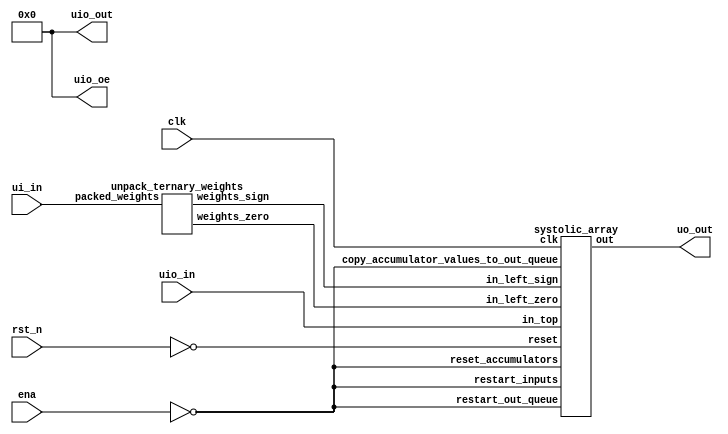
/*
 * Copyright (c) 2024 ReJ aka Renaldas Zioma
 * SPDX-License-Identifier: Apache-2.0
 */

// TODOs:
//  * special weights 243..255 can be used to   a) initiate readout,
//                                              b) shift accumulators by 1,
//                                              c) set beta&gamma,
//                                              d) choose signed/unsigned inputs,
//                                              e) handle overflow or ReLU
//  * test overlap between computations and readouts
//  * separate signal to shift accumulators by 1
//  * multiply by gamma and add beta
//  * handle both signed & unsigned inputs
//  * handle overflows
//  * ReLU
//  * parametrizalbe systolic_array
//  * 4-bit input support

`define default_netname none

module tt_um_rejunity_1_58bit (
    input  wire [7:0] ui_in,    // Dedicated inputs
    output wire [7:0] uo_out,   // Dedicated outputs
    input  wire [7:0] uio_in,   // IOs: Input path
    output wire [7:0] uio_out,  // IOs: Output path
    output wire [7:0] uio_oe,   // IOs: Enable path (active high: 0=input, 1=output)
    input  wire       ena,      // will go high when the design is enabled
    input  wire       clk,      // clock
    input  wire       rst_n     // reset_n - low to reset
);
    assign uio_oe  = 0;         // bidirectional IOs set to INPUT
    assign uio_out = 0;         // drive bidirectional IO outputs to 0

    wire reset = ! rst_n;

    // decode ternary weights - 4 ternary weights per byte
    // wire [3:0] weights_zero = ~ { |ui_in[1:0], |ui_in[3:2],  |ui_in[5:4], |ui_in[7:6] };
    // wire [3:0] weights_sign =   {  ui_in[1  ],  ui_in[3  ],   ui_in[5  ],  ui_in[7  ] };
    // -----------------------------------------------------
    // wire [3:0] weights_zero = ~ { |ui_in[7:6], |ui_in[5:4],  |ui_in[3:2], |ui_in[1:0] };
    // wire [3:0] weights_sign =   {  ui_in[7  ],  ui_in[5  ],   ui_in[3  ],  ui_in[1  ] };

    // unpack ternary weights - 5 ternary weights per byte
    wire [4:0] weights_zero;
    wire [4:0] weights_sign;
    unpack_ternary_weights unpack_ternary_weights(
        .packed_weights(ui_in),
        .weights_zero(weights_zero),
        .weights_sign(weights_sign)
    );

    // @TODO: special weight to initiate readout
    wire       initiate_read_out = !ena;
    
    systolic_array systolic_array(
        .clk(clk),
        .reset(reset),

        .in_left_zero(weights_zero),
        .in_left_sign(weights_sign),
        .in_top(uio_in),

        .restart_inputs(initiate_read_out),
        .reset_accumulators(initiate_read_out),
        .copy_accumulator_values_to_out_queue(initiate_read_out),
        .restart_out_queue(initiate_read_out),
        
        .out(uo_out)
    );

endmodule

module systolic_array (
    input  wire       clk,
    input  wire       reset,

    input  wire [4:0] in_left_zero,
    input  wire [4:0] in_left_sign,
    input  wire [7:0] in_top,
    input  wire       restart_inputs,
    input  wire       reset_accumulators,
    input  wire       copy_accumulator_values_to_out_queue,
    input  wire       restart_out_queue,
    //input wire      apply_shift_to_accumulators,
    //input wire      apply_relu_to_out,

    output wire [7:0] out
);
    localparam SLICES = 3;
    localparam SLICE_BITS = $clog2(SLICES);
    localparam SLICES_MINUS_1 = SLICES - 1;
    localparam W = 1 * SLICES;
    localparam H = 5 * SLICES;
    localparam ARRAY_SIZE_BITS = $clog2(W*H);

    reg [H  -1:0] arg_left_zero_curr;
    reg [H  -1:0] arg_left_sign_curr;
    reg [W*8-1:0] arg_top_curr;

    reg [H  -1:0] arg_left_zero_next;
    reg [H  -1:0] arg_left_sign_next;
    reg [W*8-1:0] arg_top_next;

    reg  [SLICE_BITS-1:0] slice_counter;
    reg  signed [16:0] accumulators      [W*H-1:0];
    wire signed [16:0] accumulators_next [W*H-1:0];
    reg  signed [16:0] out_queue         [W*H-1:0];
    reg  [ARRAY_SIZE_BITS-1:0] out_queue_counter;

    integer n;
    always @(posedge clk) begin
        if (reset | restart_inputs | slice_counter == SLICES_MINUS_1)
            slice_counter <= 0;
        else
            slice_counter <= slice_counter + 1;

        if (reset | restart_out_queue)
            out_queue_counter <= 0;
        else
            out_queue_counter <= out_queue_counter + 1;

        if (reset) begin
            arg_left_zero_next <= 0;
            arg_left_sign_next <= 0;
            arg_top_next <= 0;
        end else begin
            arg_left_zero_next[slice_counter*5 +: 5] <= in_left_zero;
            arg_left_sign_next[slice_counter*5 +: 5] <= in_left_sign;
            arg_top_next[slice_counter*8 +: 8] <= in_top;
        end

        if (slice_counter == 0) begin
            arg_left_zero_curr <= arg_left_zero_next;
            arg_left_sign_curr <= arg_left_sign_next;
            arg_top_curr <= arg_top_next;
        end
        
        // The following loop must be unrolled, otherwise Verilator
        // will treat <= assignments inside the loop as errors
        // See similar bug report and workaround here:
        //   https://github.com/verilator/verilator/issues/2782
        // Ideally unroll_full Verilator metacommand should be used,
        // however it is supported only from Verilator 5.022 (#3260) [Jiaxun Yang]
        // Instead BLKLOOPINIT errors are suppressed for this loop
        /* verilator lint_off BLKLOOPINIT */
        for (n = 0; n < W*H; n = n + 1) begin
            if (reset | reset_accumulators)
                accumulators[n] <= 0;
            else
                accumulators[n] <= accumulators_next[n];

            if (copy_accumulator_values_to_out_queue)
                out_queue[n]    <= accumulators_next[n];
        end
        /* verilator lint_on BLKLOOPINIT */
    end

    genvar i, j;
    generate
    for (j = 0; j < W; j = j + 1)
        for (i = 0; i < H; i = i + 1) begin : mac
            wire [16:0] value_curr  = accumulators     [i*W+j];
            wire [16:0] value_next  = accumulators_next[i*W+j];
            wire [16:0] value_queue = out_queue        [i*W+j];
            wire skip = (j != slice_counter) | arg_left_zero_curr[i];
            wire sign = arg_left_sign_curr[i];
            wire signed [7:0] addend = $signed(arg_top_curr[j*8 +: 8]);
            assign accumulators_next[i*W+j] =
                 reset  ? 0 :
                 skip   ? accumulators[i*W+j] + 0 :
                (sign   ? accumulators[i*W+j] - addend :
                          accumulators[i*W+j] + addend);
        end
    endgenerate

    assign out = out_queue[out_queue_counter] >> 8;
    // assign out = out_queue[out_queue_counter][7:0];
endmodule

module unpack_ternary_weights(input      [7:0] packed_weights,
                              output reg [4:0] weights_zero,
                              output reg [4:0] weights_sign);
    always @(*) begin
        case(packed_weights)
        8'd000: begin weights_zero = 5'b11111; weights_sign = 5'b00000; end //   0  0  0  0  0
        8'd001: begin weights_zero = 5'b01111; weights_sign = 5'b00000; end //   0  0  0  0  1
        8'd002: begin weights_zero = 5'b01111; weights_sign = 5'b10000; end //   0  0  0  0 -1
        8'd003: begin weights_zero = 5'b10111; weights_sign = 5'b00000; end //   0  0  0  1  0
        8'd004: begin weights_zero = 5'b00111; weights_sign = 5'b00000; end //   0  0  0  1  1
        8'd005: begin weights_zero = 5'b00111; weights_sign = 5'b10000; end //   0  0  0  1 -1
        8'd006: begin weights_zero = 5'b10111; weights_sign = 5'b01000; end //   0  0  0 -1  0
        8'd007: begin weights_zero = 5'b00111; weights_sign = 5'b01000; end //   0  0  0 -1  1
        8'd008: begin weights_zero = 5'b00111; weights_sign = 5'b11000; end //   0  0  0 -1 -1
        8'd009: begin weights_zero = 5'b11011; weights_sign = 5'b00000; end //   0  0  1  0  0
        8'd010: begin weights_zero = 5'b01011; weights_sign = 5'b00000; end //   0  0  1  0  1
        8'd011: begin weights_zero = 5'b01011; weights_sign = 5'b10000; end //   0  0  1  0 -1
        8'd012: begin weights_zero = 5'b10011; weights_sign = 5'b00000; end //   0  0  1  1  0
        8'd013: begin weights_zero = 5'b00011; weights_sign = 5'b00000; end //   0  0  1  1  1
        8'd014: begin weights_zero = 5'b00011; weights_sign = 5'b10000; end //   0  0  1  1 -1
        8'd015: begin weights_zero = 5'b10011; weights_sign = 5'b01000; end //   0  0  1 -1  0
        8'd016: begin weights_zero = 5'b00011; weights_sign = 5'b01000; end //   0  0  1 -1  1
        8'd017: begin weights_zero = 5'b00011; weights_sign = 5'b11000; end //   0  0  1 -1 -1
        8'd018: begin weights_zero = 5'b11011; weights_sign = 5'b00100; end //   0  0 -1  0  0
        8'd019: begin weights_zero = 5'b01011; weights_sign = 5'b00100; end //   0  0 -1  0  1
        8'd020: begin weights_zero = 5'b01011; weights_sign = 5'b10100; end //   0  0 -1  0 -1
        8'd021: begin weights_zero = 5'b10011; weights_sign = 5'b00100; end //   0  0 -1  1  0
        8'd022: begin weights_zero = 5'b00011; weights_sign = 5'b00100; end //   0  0 -1  1  1
        8'd023: begin weights_zero = 5'b00011; weights_sign = 5'b10100; end //   0  0 -1  1 -1
        8'd024: begin weights_zero = 5'b10011; weights_sign = 5'b01100; end //   0  0 -1 -1  0
        8'd025: begin weights_zero = 5'b00011; weights_sign = 5'b01100; end //   0  0 -1 -1  1
        8'd026: begin weights_zero = 5'b00011; weights_sign = 5'b11100; end //   0  0 -1 -1 -1
        8'd027: begin weights_zero = 5'b11101; weights_sign = 5'b00000; end //   0  1  0  0  0
        8'd028: begin weights_zero = 5'b01101; weights_sign = 5'b00000; end //   0  1  0  0  1
        8'd029: begin weights_zero = 5'b01101; weights_sign = 5'b10000; end //   0  1  0  0 -1
        8'd030: begin weights_zero = 5'b10101; weights_sign = 5'b00000; end //   0  1  0  1  0
        8'd031: begin weights_zero = 5'b00101; weights_sign = 5'b00000; end //   0  1  0  1  1
        8'd032: begin weights_zero = 5'b00101; weights_sign = 5'b10000; end //   0  1  0  1 -1
        8'd033: begin weights_zero = 5'b10101; weights_sign = 5'b01000; end //   0  1  0 -1  0
        8'd034: begin weights_zero = 5'b00101; weights_sign = 5'b01000; end //   0  1  0 -1  1
        8'd035: begin weights_zero = 5'b00101; weights_sign = 5'b11000; end //   0  1  0 -1 -1
        8'd036: begin weights_zero = 5'b11001; weights_sign = 5'b00000; end //   0  1  1  0  0
        8'd037: begin weights_zero = 5'b01001; weights_sign = 5'b00000; end //   0  1  1  0  1
        8'd038: begin weights_zero = 5'b01001; weights_sign = 5'b10000; end //   0  1  1  0 -1
        8'd039: begin weights_zero = 5'b10001; weights_sign = 5'b00000; end //   0  1  1  1  0
        8'd040: begin weights_zero = 5'b00001; weights_sign = 5'b00000; end //   0  1  1  1  1
        8'd041: begin weights_zero = 5'b00001; weights_sign = 5'b10000; end //   0  1  1  1 -1
        8'd042: begin weights_zero = 5'b10001; weights_sign = 5'b01000; end //   0  1  1 -1  0
        8'd043: begin weights_zero = 5'b00001; weights_sign = 5'b01000; end //   0  1  1 -1  1
        8'd044: begin weights_zero = 5'b00001; weights_sign = 5'b11000; end //   0  1  1 -1 -1
        8'd045: begin weights_zero = 5'b11001; weights_sign = 5'b00100; end //   0  1 -1  0  0
        8'd046: begin weights_zero = 5'b01001; weights_sign = 5'b00100; end //   0  1 -1  0  1
        8'd047: begin weights_zero = 5'b01001; weights_sign = 5'b10100; end //   0  1 -1  0 -1
        8'd048: begin weights_zero = 5'b10001; weights_sign = 5'b00100; end //   0  1 -1  1  0
        8'd049: begin weights_zero = 5'b00001; weights_sign = 5'b00100; end //   0  1 -1  1  1
        8'd050: begin weights_zero = 5'b00001; weights_sign = 5'b10100; end //   0  1 -1  1 -1
        8'd051: begin weights_zero = 5'b10001; weights_sign = 5'b01100; end //   0  1 -1 -1  0
        8'd052: begin weights_zero = 5'b00001; weights_sign = 5'b01100; end //   0  1 -1 -1  1
        8'd053: begin weights_zero = 5'b00001; weights_sign = 5'b11100; end //   0  1 -1 -1 -1
        8'd054: begin weights_zero = 5'b11101; weights_sign = 5'b00010; end //   0 -1  0  0  0
        8'd055: begin weights_zero = 5'b01101; weights_sign = 5'b00010; end //   0 -1  0  0  1
        8'd056: begin weights_zero = 5'b01101; weights_sign = 5'b10010; end //   0 -1  0  0 -1
        8'd057: begin weights_zero = 5'b10101; weights_sign = 5'b00010; end //   0 -1  0  1  0
        8'd058: begin weights_zero = 5'b00101; weights_sign = 5'b00010; end //   0 -1  0  1  1
        8'd059: begin weights_zero = 5'b00101; weights_sign = 5'b10010; end //   0 -1  0  1 -1
        8'd060: begin weights_zero = 5'b10101; weights_sign = 5'b01010; end //   0 -1  0 -1  0
        8'd061: begin weights_zero = 5'b00101; weights_sign = 5'b01010; end //   0 -1  0 -1  1
        8'd062: begin weights_zero = 5'b00101; weights_sign = 5'b11010; end //   0 -1  0 -1 -1
        8'd063: begin weights_zero = 5'b11001; weights_sign = 5'b00010; end //   0 -1  1  0  0
        8'd064: begin weights_zero = 5'b01001; weights_sign = 5'b00010; end //   0 -1  1  0  1
        8'd065: begin weights_zero = 5'b01001; weights_sign = 5'b10010; end //   0 -1  1  0 -1
        8'd066: begin weights_zero = 5'b10001; weights_sign = 5'b00010; end //   0 -1  1  1  0
        8'd067: begin weights_zero = 5'b00001; weights_sign = 5'b00010; end //   0 -1  1  1  1
        8'd068: begin weights_zero = 5'b00001; weights_sign = 5'b10010; end //   0 -1  1  1 -1
        8'd069: begin weights_zero = 5'b10001; weights_sign = 5'b01010; end //   0 -1  1 -1  0
        8'd070: begin weights_zero = 5'b00001; weights_sign = 5'b01010; end //   0 -1  1 -1  1
        8'd071: begin weights_zero = 5'b00001; weights_sign = 5'b11010; end //   0 -1  1 -1 -1
        8'd072: begin weights_zero = 5'b11001; weights_sign = 5'b00110; end //   0 -1 -1  0  0
        8'd073: begin weights_zero = 5'b01001; weights_sign = 5'b00110; end //   0 -1 -1  0  1
        8'd074: begin weights_zero = 5'b01001; weights_sign = 5'b10110; end //   0 -1 -1  0 -1
        8'd075: begin weights_zero = 5'b10001; weights_sign = 5'b00110; end //   0 -1 -1  1  0
        8'd076: begin weights_zero = 5'b00001; weights_sign = 5'b00110; end //   0 -1 -1  1  1
        8'd077: begin weights_zero = 5'b00001; weights_sign = 5'b10110; end //   0 -1 -1  1 -1
        8'd078: begin weights_zero = 5'b10001; weights_sign = 5'b01110; end //   0 -1 -1 -1  0
        8'd079: begin weights_zero = 5'b00001; weights_sign = 5'b01110; end //   0 -1 -1 -1  1
        8'd080: begin weights_zero = 5'b00001; weights_sign = 5'b11110; end //   0 -1 -1 -1 -1
        8'd081: begin weights_zero = 5'b11110; weights_sign = 5'b00000; end //   1  0  0  0  0
        8'd082: begin weights_zero = 5'b01110; weights_sign = 5'b00000; end //   1  0  0  0  1
        8'd083: begin weights_zero = 5'b01110; weights_sign = 5'b10000; end //   1  0  0  0 -1
        8'd084: begin weights_zero = 5'b10110; weights_sign = 5'b00000; end //   1  0  0  1  0
        8'd085: begin weights_zero = 5'b00110; weights_sign = 5'b00000; end //   1  0  0  1  1
        8'd086: begin weights_zero = 5'b00110; weights_sign = 5'b10000; end //   1  0  0  1 -1
        8'd087: begin weights_zero = 5'b10110; weights_sign = 5'b01000; end //   1  0  0 -1  0
        8'd088: begin weights_zero = 5'b00110; weights_sign = 5'b01000; end //   1  0  0 -1  1
        8'd089: begin weights_zero = 5'b00110; weights_sign = 5'b11000; end //   1  0  0 -1 -1
        8'd090: begin weights_zero = 5'b11010; weights_sign = 5'b00000; end //   1  0  1  0  0
        8'd091: begin weights_zero = 5'b01010; weights_sign = 5'b00000; end //   1  0  1  0  1
        8'd092: begin weights_zero = 5'b01010; weights_sign = 5'b10000; end //   1  0  1  0 -1
        8'd093: begin weights_zero = 5'b10010; weights_sign = 5'b00000; end //   1  0  1  1  0
        8'd094: begin weights_zero = 5'b00010; weights_sign = 5'b00000; end //   1  0  1  1  1
        8'd095: begin weights_zero = 5'b00010; weights_sign = 5'b10000; end //   1  0  1  1 -1
        8'd096: begin weights_zero = 5'b10010; weights_sign = 5'b01000; end //   1  0  1 -1  0
        8'd097: begin weights_zero = 5'b00010; weights_sign = 5'b01000; end //   1  0  1 -1  1
        8'd098: begin weights_zero = 5'b00010; weights_sign = 5'b11000; end //   1  0  1 -1 -1
        8'd099: begin weights_zero = 5'b11010; weights_sign = 5'b00100; end //   1  0 -1  0  0
        8'd100: begin weights_zero = 5'b01010; weights_sign = 5'b00100; end //   1  0 -1  0  1
        8'd101: begin weights_zero = 5'b01010; weights_sign = 5'b10100; end //   1  0 -1  0 -1
        8'd102: begin weights_zero = 5'b10010; weights_sign = 5'b00100; end //   1  0 -1  1  0
        8'd103: begin weights_zero = 5'b00010; weights_sign = 5'b00100; end //   1  0 -1  1  1
        8'd104: begin weights_zero = 5'b00010; weights_sign = 5'b10100; end //   1  0 -1  1 -1
        8'd105: begin weights_zero = 5'b10010; weights_sign = 5'b01100; end //   1  0 -1 -1  0
        8'd106: begin weights_zero = 5'b00010; weights_sign = 5'b01100; end //   1  0 -1 -1  1
        8'd107: begin weights_zero = 5'b00010; weights_sign = 5'b11100; end //   1  0 -1 -1 -1
        8'd108: begin weights_zero = 5'b11100; weights_sign = 5'b00000; end //   1  1  0  0  0
        8'd109: begin weights_zero = 5'b01100; weights_sign = 5'b00000; end //   1  1  0  0  1
        8'd110: begin weights_zero = 5'b01100; weights_sign = 5'b10000; end //   1  1  0  0 -1
        8'd111: begin weights_zero = 5'b10100; weights_sign = 5'b00000; end //   1  1  0  1  0
        8'd112: begin weights_zero = 5'b00100; weights_sign = 5'b00000; end //   1  1  0  1  1
        8'd113: begin weights_zero = 5'b00100; weights_sign = 5'b10000; end //   1  1  0  1 -1
        8'd114: begin weights_zero = 5'b10100; weights_sign = 5'b01000; end //   1  1  0 -1  0
        8'd115: begin weights_zero = 5'b00100; weights_sign = 5'b01000; end //   1  1  0 -1  1
        8'd116: begin weights_zero = 5'b00100; weights_sign = 5'b11000; end //   1  1  0 -1 -1
        8'd117: begin weights_zero = 5'b11000; weights_sign = 5'b00000; end //   1  1  1  0  0
        8'd118: begin weights_zero = 5'b01000; weights_sign = 5'b00000; end //   1  1  1  0  1
        8'd119: begin weights_zero = 5'b01000; weights_sign = 5'b10000; end //   1  1  1  0 -1
        8'd120: begin weights_zero = 5'b10000; weights_sign = 5'b00000; end //   1  1  1  1  0
        8'd121: begin weights_zero = 5'b00000; weights_sign = 5'b00000; end //   1  1  1  1  1
        8'd122: begin weights_zero = 5'b00000; weights_sign = 5'b10000; end //   1  1  1  1 -1
        8'd123: begin weights_zero = 5'b10000; weights_sign = 5'b01000; end //   1  1  1 -1  0
        8'd124: begin weights_zero = 5'b00000; weights_sign = 5'b01000; end //   1  1  1 -1  1
        8'd125: begin weights_zero = 5'b00000; weights_sign = 5'b11000; end //   1  1  1 -1 -1
        8'd126: begin weights_zero = 5'b11000; weights_sign = 5'b00100; end //   1  1 -1  0  0
        8'd127: begin weights_zero = 5'b01000; weights_sign = 5'b00100; end //   1  1 -1  0  1
        8'd128: begin weights_zero = 5'b01000; weights_sign = 5'b10100; end //   1  1 -1  0 -1
        8'd129: begin weights_zero = 5'b10000; weights_sign = 5'b00100; end //   1  1 -1  1  0
        8'd130: begin weights_zero = 5'b00000; weights_sign = 5'b00100; end //   1  1 -1  1  1
        8'd131: begin weights_zero = 5'b00000; weights_sign = 5'b10100; end //   1  1 -1  1 -1
        8'd132: begin weights_zero = 5'b10000; weights_sign = 5'b01100; end //   1  1 -1 -1  0
        8'd133: begin weights_zero = 5'b00000; weights_sign = 5'b01100; end //   1  1 -1 -1  1
        8'd134: begin weights_zero = 5'b00000; weights_sign = 5'b11100; end //   1  1 -1 -1 -1
        8'd135: begin weights_zero = 5'b11100; weights_sign = 5'b00010; end //   1 -1  0  0  0
        8'd136: begin weights_zero = 5'b01100; weights_sign = 5'b00010; end //   1 -1  0  0  1
        8'd137: begin weights_zero = 5'b01100; weights_sign = 5'b10010; end //   1 -1  0  0 -1
        8'd138: begin weights_zero = 5'b10100; weights_sign = 5'b00010; end //   1 -1  0  1  0
        8'd139: begin weights_zero = 5'b00100; weights_sign = 5'b00010; end //   1 -1  0  1  1
        8'd140: begin weights_zero = 5'b00100; weights_sign = 5'b10010; end //   1 -1  0  1 -1
        8'd141: begin weights_zero = 5'b10100; weights_sign = 5'b01010; end //   1 -1  0 -1  0
        8'd142: begin weights_zero = 5'b00100; weights_sign = 5'b01010; end //   1 -1  0 -1  1
        8'd143: begin weights_zero = 5'b00100; weights_sign = 5'b11010; end //   1 -1  0 -1 -1
        8'd144: begin weights_zero = 5'b11000; weights_sign = 5'b00010; end //   1 -1  1  0  0
        8'd145: begin weights_zero = 5'b01000; weights_sign = 5'b00010; end //   1 -1  1  0  1
        8'd146: begin weights_zero = 5'b01000; weights_sign = 5'b10010; end //   1 -1  1  0 -1
        8'd147: begin weights_zero = 5'b10000; weights_sign = 5'b00010; end //   1 -1  1  1  0
        8'd148: begin weights_zero = 5'b00000; weights_sign = 5'b00010; end //   1 -1  1  1  1
        8'd149: begin weights_zero = 5'b00000; weights_sign = 5'b10010; end //   1 -1  1  1 -1
        8'd150: begin weights_zero = 5'b10000; weights_sign = 5'b01010; end //   1 -1  1 -1  0
        8'd151: begin weights_zero = 5'b00000; weights_sign = 5'b01010; end //   1 -1  1 -1  1
        8'd152: begin weights_zero = 5'b00000; weights_sign = 5'b11010; end //   1 -1  1 -1 -1
        8'd153: begin weights_zero = 5'b11000; weights_sign = 5'b00110; end //   1 -1 -1  0  0
        8'd154: begin weights_zero = 5'b01000; weights_sign = 5'b00110; end //   1 -1 -1  0  1
        8'd155: begin weights_zero = 5'b01000; weights_sign = 5'b10110; end //   1 -1 -1  0 -1
        8'd156: begin weights_zero = 5'b10000; weights_sign = 5'b00110; end //   1 -1 -1  1  0
        8'd157: begin weights_zero = 5'b00000; weights_sign = 5'b00110; end //   1 -1 -1  1  1
        8'd158: begin weights_zero = 5'b00000; weights_sign = 5'b10110; end //   1 -1 -1  1 -1
        8'd159: begin weights_zero = 5'b10000; weights_sign = 5'b01110; end //   1 -1 -1 -1  0
        8'd160: begin weights_zero = 5'b00000; weights_sign = 5'b01110; end //   1 -1 -1 -1  1
        8'd161: begin weights_zero = 5'b00000; weights_sign = 5'b11110; end //   1 -1 -1 -1 -1
        8'd162: begin weights_zero = 5'b11110; weights_sign = 5'b00001; end //  -1  0  0  0  0
        8'd163: begin weights_zero = 5'b01110; weights_sign = 5'b00001; end //  -1  0  0  0  1
        8'd164: begin weights_zero = 5'b01110; weights_sign = 5'b10001; end //  -1  0  0  0 -1
        8'd165: begin weights_zero = 5'b10110; weights_sign = 5'b00001; end //  -1  0  0  1  0
        8'd166: begin weights_zero = 5'b00110; weights_sign = 5'b00001; end //  -1  0  0  1  1
        8'd167: begin weights_zero = 5'b00110; weights_sign = 5'b10001; end //  -1  0  0  1 -1
        8'd168: begin weights_zero = 5'b10110; weights_sign = 5'b01001; end //  -1  0  0 -1  0
        8'd169: begin weights_zero = 5'b00110; weights_sign = 5'b01001; end //  -1  0  0 -1  1
        8'd170: begin weights_zero = 5'b00110; weights_sign = 5'b11001; end //  -1  0  0 -1 -1
        8'd171: begin weights_zero = 5'b11010; weights_sign = 5'b00001; end //  -1  0  1  0  0
        8'd172: begin weights_zero = 5'b01010; weights_sign = 5'b00001; end //  -1  0  1  0  1
        8'd173: begin weights_zero = 5'b01010; weights_sign = 5'b10001; end //  -1  0  1  0 -1
        8'd174: begin weights_zero = 5'b10010; weights_sign = 5'b00001; end //  -1  0  1  1  0
        8'd175: begin weights_zero = 5'b00010; weights_sign = 5'b00001; end //  -1  0  1  1  1
        8'd176: begin weights_zero = 5'b00010; weights_sign = 5'b10001; end //  -1  0  1  1 -1
        8'd177: begin weights_zero = 5'b10010; weights_sign = 5'b01001; end //  -1  0  1 -1  0
        8'd178: begin weights_zero = 5'b00010; weights_sign = 5'b01001; end //  -1  0  1 -1  1
        8'd179: begin weights_zero = 5'b00010; weights_sign = 5'b11001; end //  -1  0  1 -1 -1
        8'd180: begin weights_zero = 5'b11010; weights_sign = 5'b00101; end //  -1  0 -1  0  0
        8'd181: begin weights_zero = 5'b01010; weights_sign = 5'b00101; end //  -1  0 -1  0  1
        8'd182: begin weights_zero = 5'b01010; weights_sign = 5'b10101; end //  -1  0 -1  0 -1
        8'd183: begin weights_zero = 5'b10010; weights_sign = 5'b00101; end //  -1  0 -1  1  0
        8'd184: begin weights_zero = 5'b00010; weights_sign = 5'b00101; end //  -1  0 -1  1  1
        8'd185: begin weights_zero = 5'b00010; weights_sign = 5'b10101; end //  -1  0 -1  1 -1
        8'd186: begin weights_zero = 5'b10010; weights_sign = 5'b01101; end //  -1  0 -1 -1  0
        8'd187: begin weights_zero = 5'b00010; weights_sign = 5'b01101; end //  -1  0 -1 -1  1
        8'd188: begin weights_zero = 5'b00010; weights_sign = 5'b11101; end //  -1  0 -1 -1 -1
        8'd189: begin weights_zero = 5'b11100; weights_sign = 5'b00001; end //  -1  1  0  0  0
        8'd190: begin weights_zero = 5'b01100; weights_sign = 5'b00001; end //  -1  1  0  0  1
        8'd191: begin weights_zero = 5'b01100; weights_sign = 5'b10001; end //  -1  1  0  0 -1
        8'd192: begin weights_zero = 5'b10100; weights_sign = 5'b00001; end //  -1  1  0  1  0
        8'd193: begin weights_zero = 5'b00100; weights_sign = 5'b00001; end //  -1  1  0  1  1
        8'd194: begin weights_zero = 5'b00100; weights_sign = 5'b10001; end //  -1  1  0  1 -1
        8'd195: begin weights_zero = 5'b10100; weights_sign = 5'b01001; end //  -1  1  0 -1  0
        8'd196: begin weights_zero = 5'b00100; weights_sign = 5'b01001; end //  -1  1  0 -1  1
        8'd197: begin weights_zero = 5'b00100; weights_sign = 5'b11001; end //  -1  1  0 -1 -1
        8'd198: begin weights_zero = 5'b11000; weights_sign = 5'b00001; end //  -1  1  1  0  0
        8'd199: begin weights_zero = 5'b01000; weights_sign = 5'b00001; end //  -1  1  1  0  1
        8'd200: begin weights_zero = 5'b01000; weights_sign = 5'b10001; end //  -1  1  1  0 -1
        8'd201: begin weights_zero = 5'b10000; weights_sign = 5'b00001; end //  -1  1  1  1  0
        8'd202: begin weights_zero = 5'b00000; weights_sign = 5'b00001; end //  -1  1  1  1  1
        8'd203: begin weights_zero = 5'b00000; weights_sign = 5'b10001; end //  -1  1  1  1 -1
        8'd204: begin weights_zero = 5'b10000; weights_sign = 5'b01001; end //  -1  1  1 -1  0
        8'd205: begin weights_zero = 5'b00000; weights_sign = 5'b01001; end //  -1  1  1 -1  1
        8'd206: begin weights_zero = 5'b00000; weights_sign = 5'b11001; end //  -1  1  1 -1 -1
        8'd207: begin weights_zero = 5'b11000; weights_sign = 5'b00101; end //  -1  1 -1  0  0
        8'd208: begin weights_zero = 5'b01000; weights_sign = 5'b00101; end //  -1  1 -1  0  1
        8'd209: begin weights_zero = 5'b01000; weights_sign = 5'b10101; end //  -1  1 -1  0 -1
        8'd210: begin weights_zero = 5'b10000; weights_sign = 5'b00101; end //  -1  1 -1  1  0
        8'd211: begin weights_zero = 5'b00000; weights_sign = 5'b00101; end //  -1  1 -1  1  1
        8'd212: begin weights_zero = 5'b00000; weights_sign = 5'b10101; end //  -1  1 -1  1 -1
        8'd213: begin weights_zero = 5'b10000; weights_sign = 5'b01101; end //  -1  1 -1 -1  0
        8'd214: begin weights_zero = 5'b00000; weights_sign = 5'b01101; end //  -1  1 -1 -1  1
        8'd215: begin weights_zero = 5'b00000; weights_sign = 5'b11101; end //  -1  1 -1 -1 -1
        8'd216: begin weights_zero = 5'b11100; weights_sign = 5'b00011; end //  -1 -1  0  0  0
        8'd217: begin weights_zero = 5'b01100; weights_sign = 5'b00011; end //  -1 -1  0  0  1
        8'd218: begin weights_zero = 5'b01100; weights_sign = 5'b10011; end //  -1 -1  0  0 -1
        8'd219: begin weights_zero = 5'b10100; weights_sign = 5'b00011; end //  -1 -1  0  1  0
        8'd220: begin weights_zero = 5'b00100; weights_sign = 5'b00011; end //  -1 -1  0  1  1
        8'd221: begin weights_zero = 5'b00100; weights_sign = 5'b10011; end //  -1 -1  0  1 -1
        8'd222: begin weights_zero = 5'b10100; weights_sign = 5'b01011; end //  -1 -1  0 -1  0
        8'd223: begin weights_zero = 5'b00100; weights_sign = 5'b01011; end //  -1 -1  0 -1  1
        8'd224: begin weights_zero = 5'b00100; weights_sign = 5'b11011; end //  -1 -1  0 -1 -1
        8'd225: begin weights_zero = 5'b11000; weights_sign = 5'b00011; end //  -1 -1  1  0  0
        8'd226: begin weights_zero = 5'b01000; weights_sign = 5'b00011; end //  -1 -1  1  0  1
        8'd227: begin weights_zero = 5'b01000; weights_sign = 5'b10011; end //  -1 -1  1  0 -1
        8'd228: begin weights_zero = 5'b10000; weights_sign = 5'b00011; end //  -1 -1  1  1  0
        8'd229: begin weights_zero = 5'b00000; weights_sign = 5'b00011; end //  -1 -1  1  1  1
        8'd230: begin weights_zero = 5'b00000; weights_sign = 5'b10011; end //  -1 -1  1  1 -1
        8'd231: begin weights_zero = 5'b10000; weights_sign = 5'b01011; end //  -1 -1  1 -1  0
        8'd232: begin weights_zero = 5'b00000; weights_sign = 5'b01011; end //  -1 -1  1 -1  1
        8'd233: begin weights_zero = 5'b00000; weights_sign = 5'b11011; end //  -1 -1  1 -1 -1
        8'd234: begin weights_zero = 5'b11000; weights_sign = 5'b00111; end //  -1 -1 -1  0  0
        8'd235: begin weights_zero = 5'b01000; weights_sign = 5'b00111; end //  -1 -1 -1  0  1
        8'd236: begin weights_zero = 5'b01000; weights_sign = 5'b10111; end //  -1 -1 -1  0 -1
        8'd237: begin weights_zero = 5'b10000; weights_sign = 5'b00111; end //  -1 -1 -1  1  0
        8'd238: begin weights_zero = 5'b00000; weights_sign = 5'b00111; end //  -1 -1 -1  1  1
        8'd239: begin weights_zero = 5'b00000; weights_sign = 5'b10111; end //  -1 -1 -1  1 -1
        8'd240: begin weights_zero = 5'b10000; weights_sign = 5'b01111; end //  -1 -1 -1 -1  0
        8'd241: begin weights_zero = 5'b00000; weights_sign = 5'b01111; end //  -1 -1 -1 -1  1
        8'd242: begin weights_zero = 5'b00000; weights_sign = 5'b11111; end //  -1 -1 -1 -1 -1
        default: {weights_zero, weights_sign} = 10'b0; // Default case
        endcase
    end
endmodule